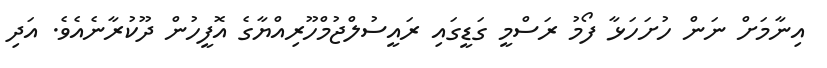
އިނާމަށް ނަން ހުށަހަޅާ ފޯމު ރަސްމީ ގަޑީގައި ރައީސުލްޖުމްހޫރިއްޔާގެ އޮފީހުން ދޫކުރާނެއެވެ. އަދި